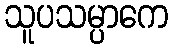
သူပသမ္ပာကေ